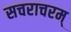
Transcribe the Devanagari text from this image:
सचराचरम्